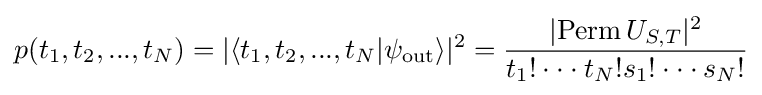
p(t_{1},t_{2},...,t_{N})=|\langle t_{1},t_{2},...,t_{N}|\psi _{\text{out}}\rangle |^{2}={\frac {|{\text{Perm}}\,U_{S,T}|^{2}}{t_{1}!\cdot \cdot \cdot t_{N}!s_{1}!\cdot \cdot \cdot s_{N}!}}